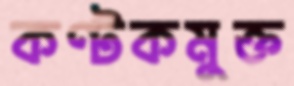
কণ্টকমুক্ত